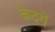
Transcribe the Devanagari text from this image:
केदगें